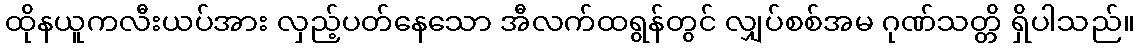
ထိုနယူကလီးယပ်အား လှည့်ပတ်နေသော အီလက်ထရွန်တွင် လျှပ်စစ်အမ ဂုဏ်သတ္တိ ရှိပါသည်။